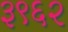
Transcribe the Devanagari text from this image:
३९६२